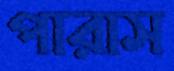
পারাস